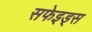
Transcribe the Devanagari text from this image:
सफेइड्स